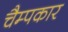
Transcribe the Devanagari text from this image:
चैम्पकार